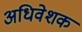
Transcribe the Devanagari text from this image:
अधिवेशक